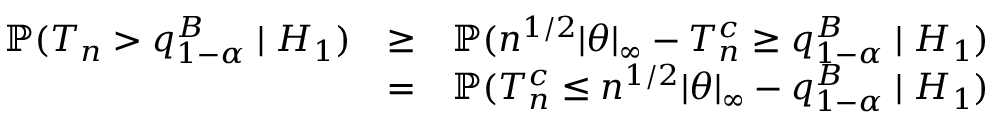
\begin{array} { r l r } { { \mathbb { P } } ( T _ { n } > q _ { 1 - \alpha } ^ { B } \mid H _ { 1 } ) } & { \geq } & { { \mathbb { P } } ( n ^ { 1 / 2 } | { \boldsymbol \theta } | _ { \infty } - { T } _ { n } ^ { c } \geq q _ { 1 - \alpha } ^ { B } \mid H _ { 1 } ) } \\ & { = } & { { \mathbb { P } } ( { T } _ { n } ^ { c } \leq n ^ { 1 / 2 } | { \boldsymbol \theta } | _ { \infty } - q _ { 1 - \alpha } ^ { B } \mid H _ { 1 } ) } \end{array}